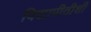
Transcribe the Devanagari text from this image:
विद्यापीठीशी